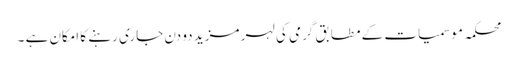
محکمہ موسمیات کے مطابق گرمی کی لہر مزید دو دن جاری رہنے کا امکان ہے ۔